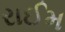
રાઈમ